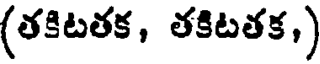
(తకిటతక, తకిటతక,)